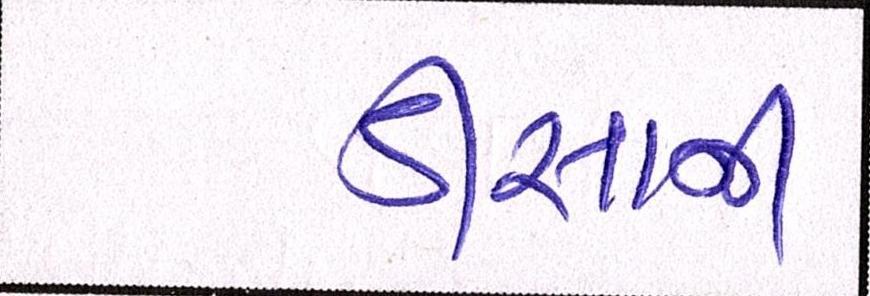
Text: ડીસાની